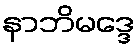
နာဘိမဒ္ဒေ